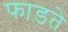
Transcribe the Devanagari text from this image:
फाड़ते